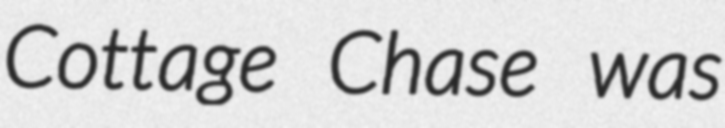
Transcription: Cottage Chase was